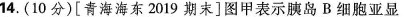
14.(10分)[青海海东2019期末]图甲表示胰岛B细胞亚显